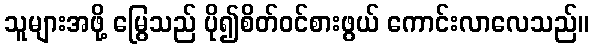
သူများအဖို့ မြွေသည် ပို၍စိတ်ဝင်စားဖွယ် ကောင်းလာလေသည်။